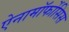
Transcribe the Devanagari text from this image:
ऐनामॉर्फोसिस